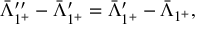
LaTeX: { \bar { \Lambda } } _ { 1 ^ { + } } ^ { \prime \prime } - { \bar { \Lambda } } _ { 1 ^ { + } } ^ { \prime } = { \bar { \Lambda } } _ { 1 ^ { + } } ^ { \prime } - { \bar { \Lambda } } _ { 1 ^ { + } } ,